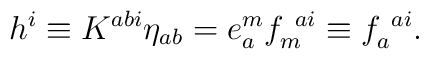
h^i \equiv K^{abi} \eta_{ab}= e^m_a f_m^{~ai} \equiv f_a^{~ai} .